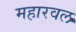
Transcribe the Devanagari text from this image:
महारवल